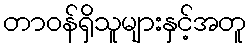
တာဝန်ရှိသူများနှင့်အတူ